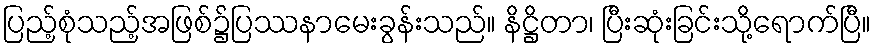
ပြည့်စုံသည့်အဖြစ်၌ပြဿနာမေးခွန်းသည်။ နိဋ္ဌိတာ၊ ပြီးဆုံးခြင်းသို့ရောက်ပြီ။